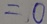
= 0